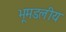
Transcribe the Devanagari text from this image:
भूमडलीय